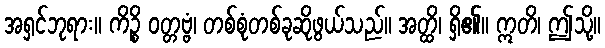
အရှင်ဘုရား။ ကိဉ္စိ ဝတ္တဗ္ဗံ၊ တစ်စုံတစ်ခုဆိုဖွယ်သည်။ အတ္ထိ၊ ရှိ၏။ ဣတိ၊ ဤသို့။